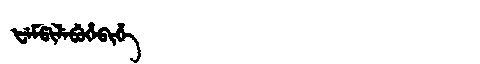
Manchu: ᡶᡝᠮᡦᡳᠯᡝᠪᡠᡥᡝᠪᡳᡥᡝ
Romanization: FEMPILEBUHEBIHE